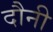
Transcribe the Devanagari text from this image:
दौनी